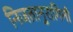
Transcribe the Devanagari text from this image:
निजतानुरागिनी